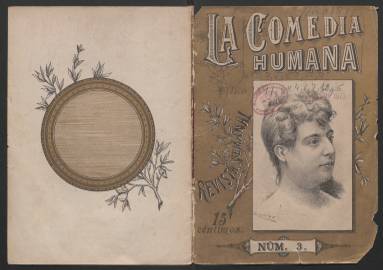
Título: La Comedia humana (Barcelona)
Ámbito geográfico: Barcelona
Lugar de publicación: Barcelona
Fechas: 27/07/1890-12/04/1891